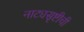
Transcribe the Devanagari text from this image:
नाट्यसृष्टीची